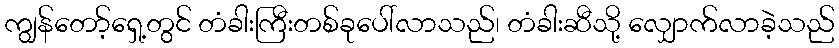
ကျွန်တော့်ရှေ့တွင် တံခါးကြီးတစ်ခုပေါ်လာသည်၊ တံခါးဆီသို့ လျှောက်လာခဲ့သည်